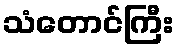
သံတောင်ကြီး